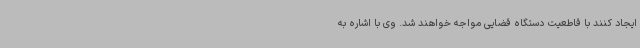
ایجاد کنند با قاطعیت دستگاه قضایی مواجه خواهند شد. وی با اشاره به